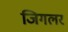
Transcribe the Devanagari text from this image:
जिगलर